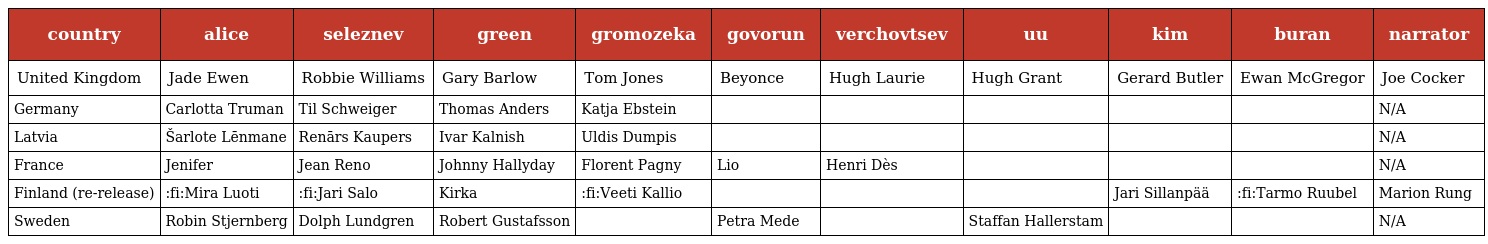
| country | alice | seleznev | green | gromozeka | govorun | verchovtsev | uu | kim | buran | narrator |
 | --- | --- | --- | --- | --- | --- | --- | --- | --- | --- | --- |
 | United Kingdom | Jade Ewen | Robbie Williams | Gary Barlow | Tom Jones | Beyonce | Hugh Laurie | Hugh Grant | Gerard Butler | Ewan McGregor | Joe Cocker |
 | Germany | Carlotta Truman | Til Schweiger | Thomas Anders | Katja Ebstein |  |  |  |  |  | N/A |
 | Latvia | Šarlote Lēnmane | Renārs Kaupers | Ivar Kalnish | Uldis Dumpis |  |  |  |  |  | N/A |
 | France | Jenifer | Jean Reno | Johnny Hallyday | Florent Pagny | Lio | Henri Dès |  |  |  | N/A |
 | Finland (re-release) | :fi:Mira Luoti | :fi:Jari Salo | Kirka | :fi:Veeti Kallio |  |  |  | Jari Sillanpää | :fi:Tarmo Ruubel | Marion Rung |
 | Sweden | Robin Stjernberg | Dolph Lundgren | Robert Gustafsson |  | Petra Mede |  | Staffan Hallerstam |  |  | N/A |